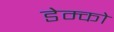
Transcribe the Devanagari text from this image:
डेम्को